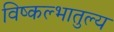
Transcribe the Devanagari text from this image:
विष्कल्भातुल्य